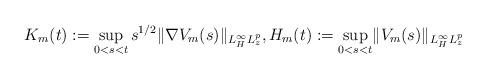
LaTeX: \begin{align*}K_m(t):=\sup_{0<s<t} s^{1/2}\lVert \nabla V_m(s)\rVert_{L^\infty_H L^p_z}, H_m(t):=\sup_{0<s<t} \lVert V_m(s)\rVert_{L^\infty_H L^p_z}\end{align*}